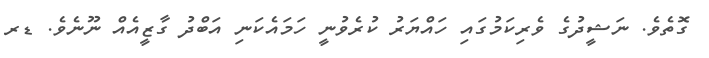
ގޮތެވެ. ނަޝީދުގެ ވެރިކަމުގައި ހައްޔަރު ކުރެވުނީ ހަމައެކަނި އަބްދު ގާޒީއެއް ނޫނެވެ. ޑރ